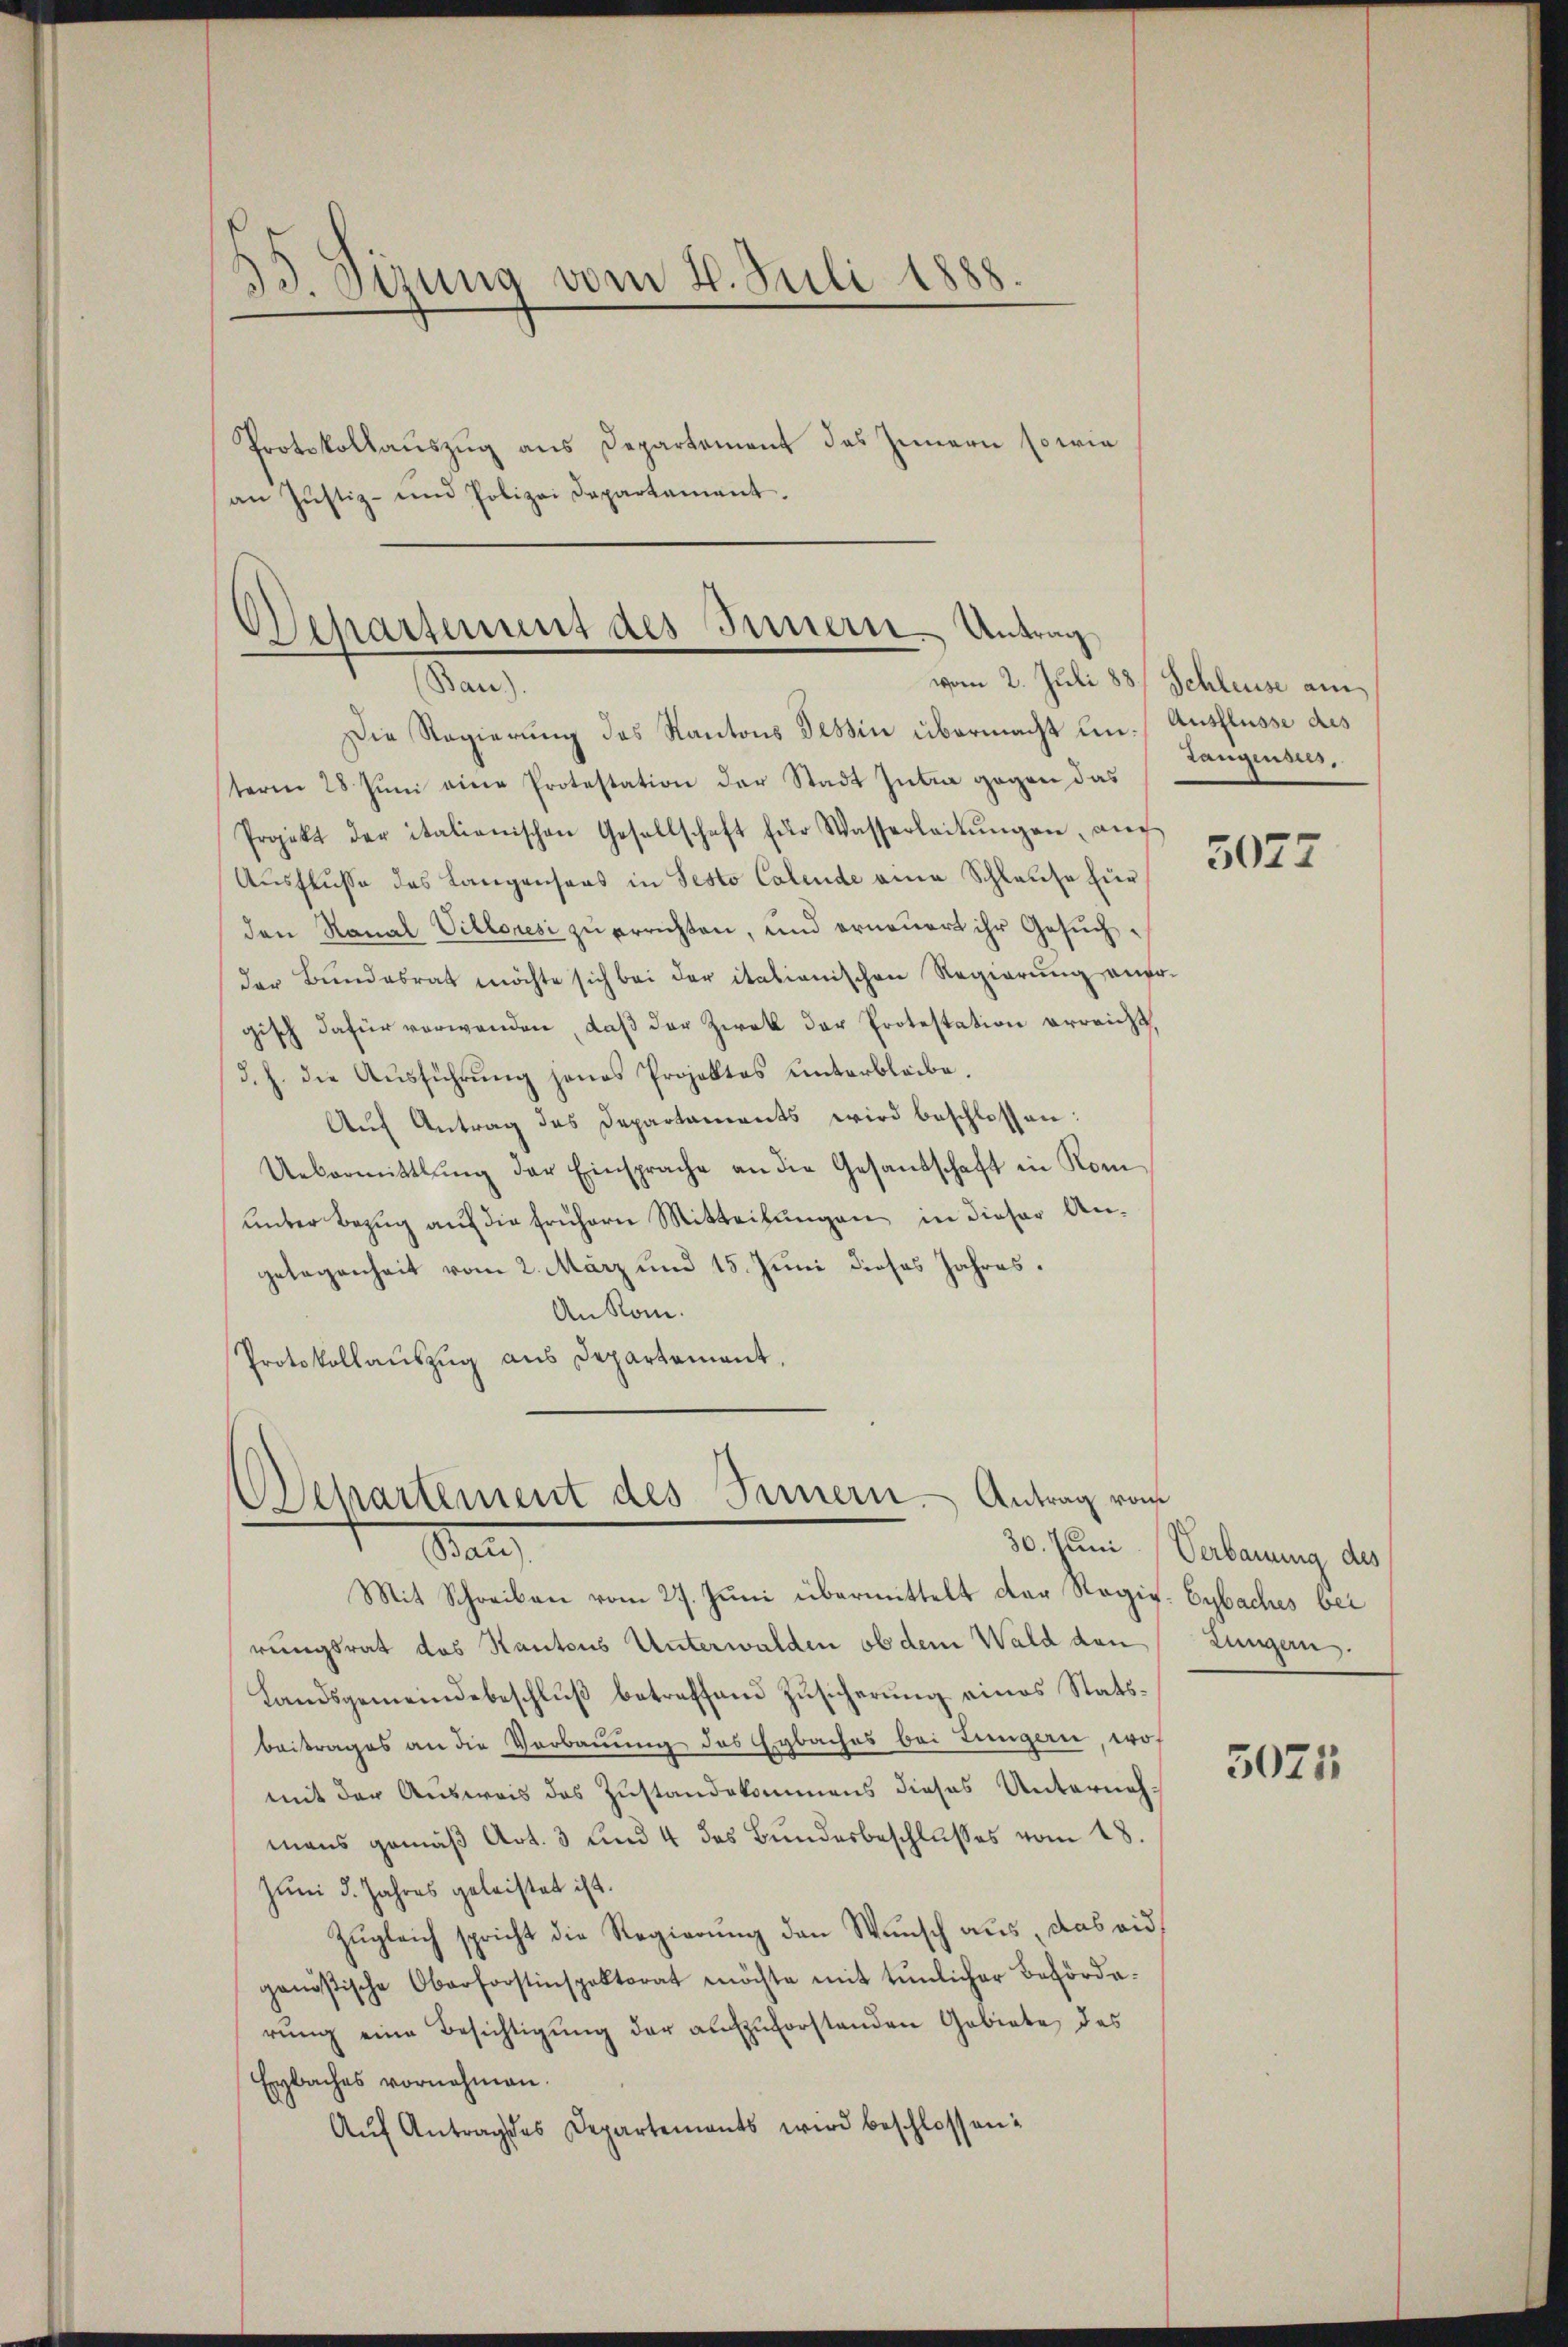
35 Sirung vom 2. Juli 1888.

Protokollauszug aus Departement des Innern sowie
an Justiz- und Polizei Departement.

Departement des Innern Antrag
Man

Die Regierung des Kantons Tessin übermacht ein. Ausflusse des
teren 28 Juni eine Protestation der Stadt Julia gegen das
Projekt der italienischen Gesellschaft für Wasserleitŭngen, an
Ausflusse des Langensans in Pesto Calende eine Schlause für
den Ranal Villoresi zu errichten, und erneuert ihr Gesuchder Bundesrath möchte sich bei der italienischen Regierung anfr.
gisch dafür verwenden, daβ der Zwek der Protestation erreicht,
d. h. die Aŭsführŭng jenes Projektes unterbleibe.
Auf Antrag des Departaments wird beschlossen:
Uebermittlung der Einsprache an die Gesandschaft in Kom
unter Bezug auf die frühern Mitteilungen in dieser Angelegenheit vom 2. März und 15. Juni dieses Jahres.
An Rom.
Protokollauszug aus Departement,

Departement des Fernern. Antrag vom
Stan

vom 2. Juli 188/ Schleuse am
Langensus,

Mit Schreiben vom 27. Juni übermittelt der Regig. Eybaches bei
rungsrat das Kantons Unterwalden ob dem Wald den
Landsgemeindebeschluß betreffend Zusicherung eines Statsbeitrages an die Verbauung des Eybaches bei Lungern, wof
mit der Ausweis des Zustandekommens dieses Unternehmans gemäß Art. 3 und 4 des Bundesbeschlusses vom 18.
Juni d. Jahres geleistet ist.
Zugleich spricht die Regierung den Wunsch aus, das eidgenößische Oberforstinspektorat möchte mit tŭnlicher Behörde.
rŭng eine Besichtigung der aufzuforstanden Gebiete des
Eybaches vornehmen.
Aŭf Antrag des Departements wird beschlossen:

3077

30. Juni (Verbauung des
Zingger.

5025